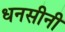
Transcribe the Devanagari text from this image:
धनसीनी